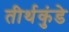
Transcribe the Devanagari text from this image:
तीर्थकुंडे